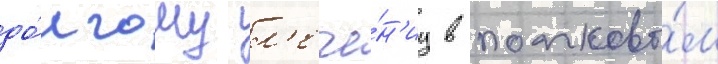
до́лгому л'ече́н'иу в полково́м